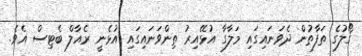
ގޯލުގެ ތަފާތުން ދެވަނައިގައި މަލާގާ އުޅޭއިރު ތިންވަނައިގައި އުޅެނީ ރެއާލް ބެޓިސް އެވެ.